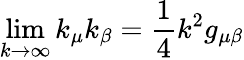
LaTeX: \operatorname*{lim}_{k\rightarrow\infty}k_{\mu}k_{\beta}=\frac{1}{4}k^{2}g_{\mu\beta}